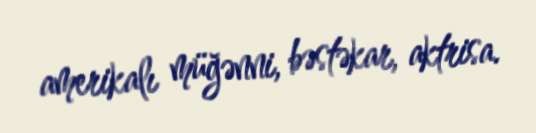
amerikalı müğənni, bəstəkar, aktrisa.